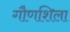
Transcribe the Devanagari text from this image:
गौणशिला